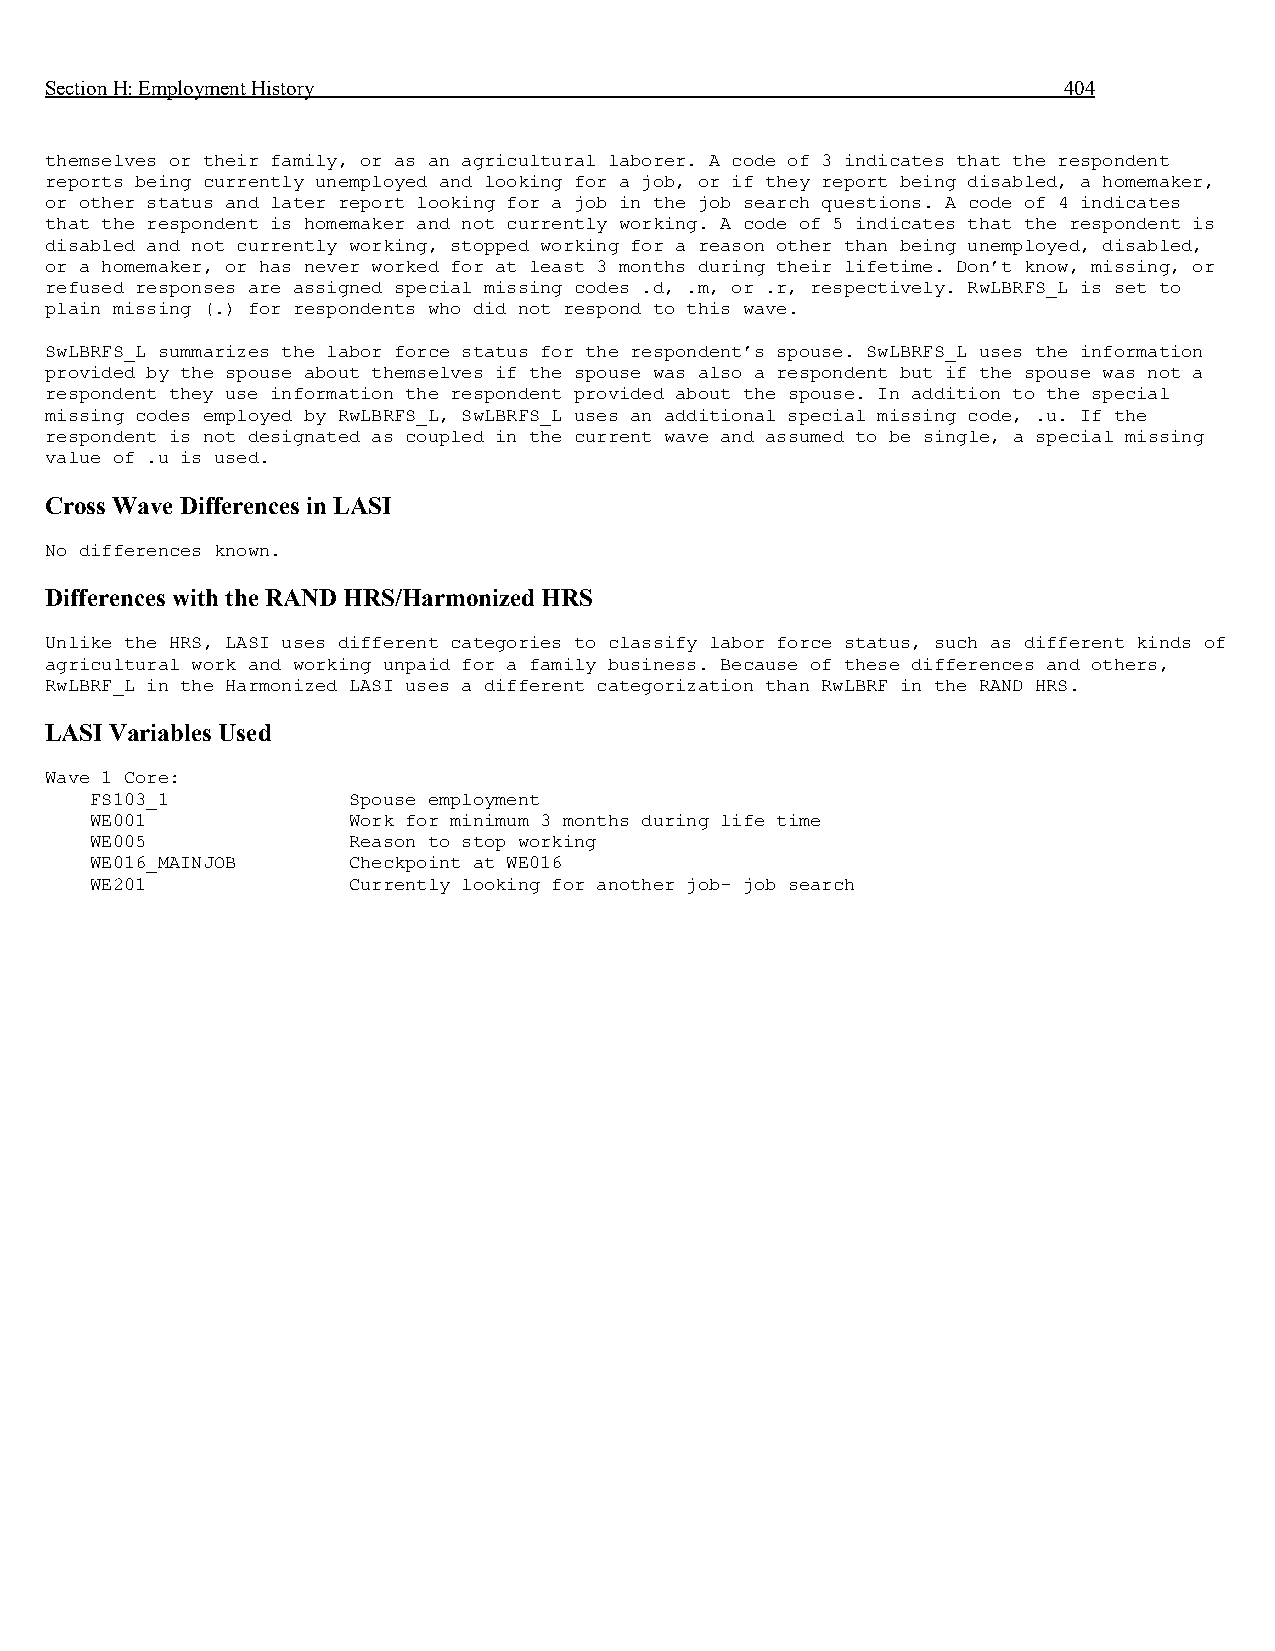
Section H: Employment History                                      404
 themselves or their family, or as an agricultural laborer. A code of 3 indicates that the respondent
 reports being currently unemployed and looking for a job, or if they report being disabled, a homemaker,
 or other status and later report looking for a job in the job search questions. A code of 4 indicates
 that the respondent is homemaker and not currently working. A code of 5 indicates that the respondent is
 disabled and not currently working, stopped working for a reason other than being unemployed, disabled,
 or a homemaker, or has never worked for at least 3 months during their lifetime. Don’t know, missing, or
 refused responses are assigned special missing codes .d, .m, or .r, respectively. RwLBRFS_L is set to
 plain missing (.) for respondents who did not respond to this wave.
 SwLBRFS_L summarizes the labor force status for the respondent’s spouse. SwLBRFS_L uses the information
 provided by the spouse about themselves if the spouse was also a respondent but if the spouse was not a
 respondent they use information the respondent provided about the spouse. In addition to the special
 missing codes employed by RwLBRFS_L, SwLBRFS_L uses an additional special missing code, .u. If the
 respondent is not designated as coupled in the current wave and assumed to be single, a special missing
 value of .u is used.
 Cross Wave Differences in LASI
 No differences known.
 Differences with the RAND HRS/Harmonized HRS
 Unlike the HRS, LASI uses different categories to classify labor force status, such as different kinds of
 agricultural work and working unpaid for a family business. Because of these differences and others,
 RwLBRF_L in the Harmonized LASI uses a different categorization than RwLBRF in the RAND HRS.
 LASI Variables Used
 Wave 1 Core:
 FS103_1          Spouse employment
 WE001            Work for minimum 3 months during life time
 WE005            Reason to stop working
 WE016_MAINJOB    Checkpoint at WE016
 WE201            Currently looking for another job- job search